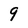
Character: 9